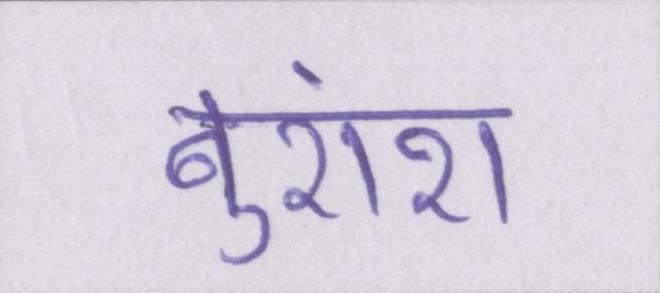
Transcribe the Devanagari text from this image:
बुरांश